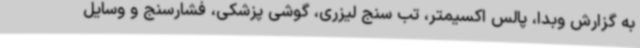
به گزارش وبدا، پالس اکسیمتر، تب سنج لیزری، گوشی پزشکی، فشارسنج و وسایل